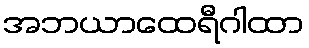
အဘယာထေရီဂါထာ